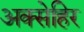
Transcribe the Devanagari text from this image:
अक्सेहिर